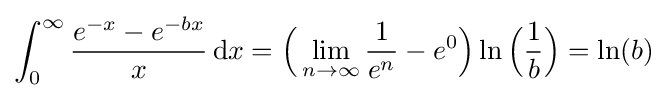
{\int _{0}^{\infty }{\frac {e^{-x}-e^{-bx}}{x}}\,{\rm {d}}x={\Big (}\lim _{n\to \infty }{\frac {1}{e^{n}}}-e^{0}{\Big )}\ln {\Big (}{\frac {1}{b}}}{\Big )}=\ln(b)